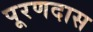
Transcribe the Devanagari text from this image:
पूरणदास